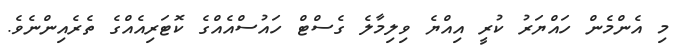
މި އެންމެން ހައްޔަރު ކުރީ އިއްޔެ ވިލިމާލެ ގެސްޓް ހައުސްއެއްގެ ކޮޓަރިއެއްގެ ތެރެއިންނެވެ.